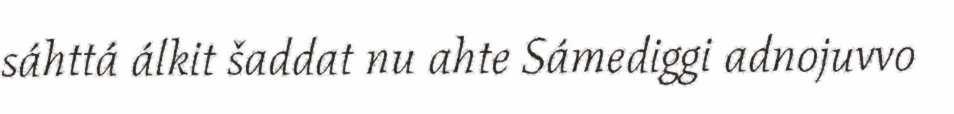
sáhttá álkit šaddat nu ahte Sámediggi adnojuvvo